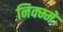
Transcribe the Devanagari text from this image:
निक्म्मे